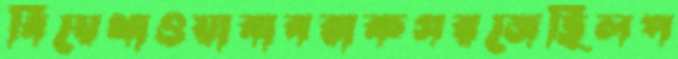
বিয়েথাওয়াবাবরাকগরজেছিলপ